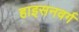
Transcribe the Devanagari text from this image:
हाइसनवर्ग